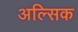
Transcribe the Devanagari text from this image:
अल्सिक